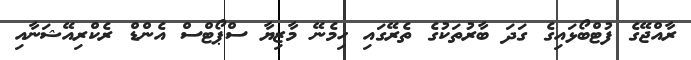
ރާއްޖޭގެ ފުޓްބޯޅައިގެ ގަދަ ބާރުތަކުގެ ތެރޭގައި ހިމެނޭ މާޒިޔާ ސްޕޯޓްސް އެންޑް ރެކްރިއޭޝަނާއި